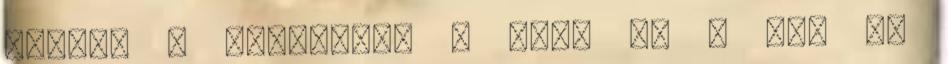
metal, a hardcore, a rock és a pop is